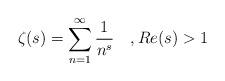
\begin{align*}\zeta(s)=\sum_{n=1}^{\infty} \frac{1}{n^{s}} \quad, {Re}(s)>1\end{align*}